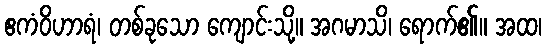
ဧကံဝိဟာရံ၊ တစ်ခုသော ကျောင်းသို့။ အဂမာသိ၊ ရောက်၏။ အထ၊